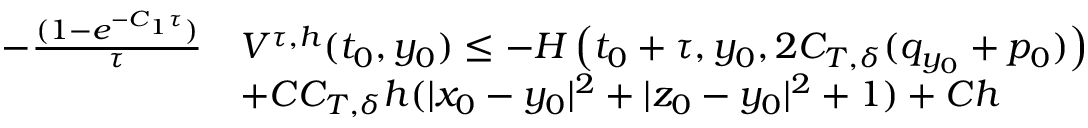
\begin{array} { r l } { - \frac { ( 1 - e ^ { - C _ { 1 } \tau } ) } \tau } & { V ^ { \tau , h } ( t _ { 0 } , y _ { 0 } ) \leq - H \left( t _ { 0 } + \tau , y _ { 0 } , 2 C _ { T , \delta } ( q _ { y _ { 0 } } + p _ { 0 } ) \right) } \\ & { + C C _ { T , \delta } h ( | x _ { 0 } - y _ { 0 } | ^ { 2 } + | z _ { 0 } - y _ { 0 } | ^ { 2 } + 1 ) + C h } \end{array}